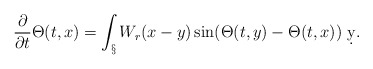
\begin{align*} \frac{\partial}{\partial t}\Theta(t,x) = \int_\S W_r(x-y) \sin(\Theta(t,y)-\Theta(t,x))\ \d y.\end{align*}